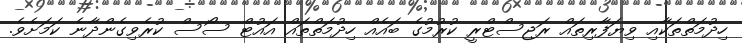
ހިދުމަތްތަކާއި ވިޔަފާރިތައް ރަޖިސްޓްރީ ކުރުމުގެ ބައެއް ހިދުމަތްތައް އައުޓް ސޯސް ކުރެވިގެންދާނެ ކަމަށެވެ.